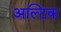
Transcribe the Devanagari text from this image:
अल्टिक